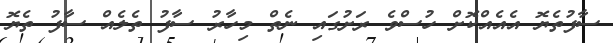
ސާފުތެޔޮ އެއެއްކޮށް ހުސްވެ ރަށުގައި ނެތް މިހާރު ސާފު ތެލެއް ސާފު ތެޔޮ